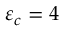
\varepsilon _ { c } = 4